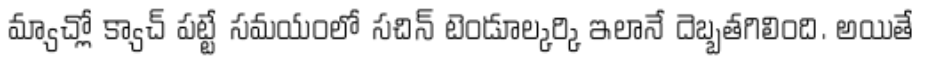
మ్యాచ్లో క్యాచ్ పట్టే సమయంలో సచిన్ టెండూల్కర్కి ఇలానే దెబ్బతగిలింది. అయితే